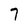
Character: 7